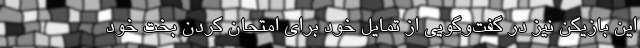
این بازیکن نیز در گفت‌وگویی از تمایل خود برای امتحان کردن بخت خود